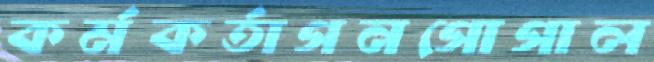
কর্মকর্তাগনগোগাল